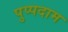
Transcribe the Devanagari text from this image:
पुप्पदाम